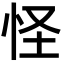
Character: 怪